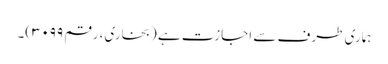
ہماری طرف سے اجازت ہے (بخاری، رقم ۳۰۹۹)۔